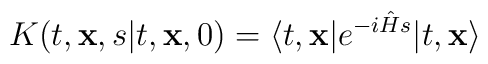
K(t, {\bf x}, s \vert t, {\bf x}, 0)=\langle t, {\bf x}\vert e^{-i{\hat H}s}\vert t, {\bf x}\rangle